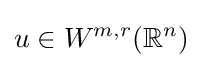
u\in W^{m,r}(\mathbb {R} ^{n})